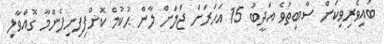
ބައިވެރިވިކަން ސާބިތުވެ އަދީބު 15 އަހަރަށް ޖަލަށް ލާން ޙުކުމް ކޮށްފިފިނިފެންމާ ގޮއްވާލި